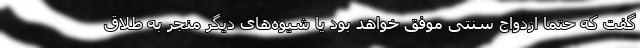
گفت که حتما ازدواج سنتی موفق خواهد بود یا شیوه‌های دیگر منجر به طلاق